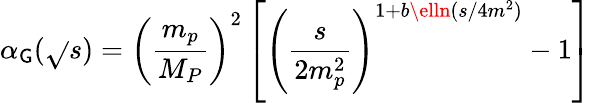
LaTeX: \alpha_{\mathsf{G}}(\sqrt{}{s})=\left(\frac{{m_{p}}}{{M_{P}}}\right)^{2}\left[\left(\frac{{s}}{{2m_{p}^{2}}}\right)^{1+b\elln(s/4m^{2})}-1\right]